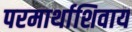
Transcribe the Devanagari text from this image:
परमार्थाशिवाय